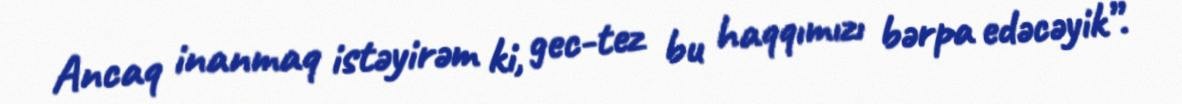
Ancaq inanmaq istəyirəm ki, gec-tez bu haqqımızı bərpa edəcəyik”.